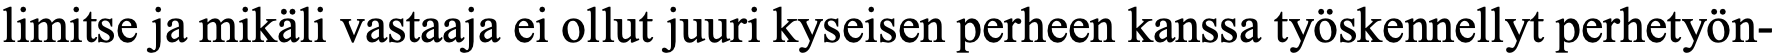
limitse ja mikäli vastaaja ei ollut juuri kyseisen perheen kanssa työskennellyt perhetyön-